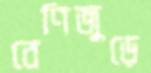
বেণিজুড়ে